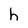
Character: h